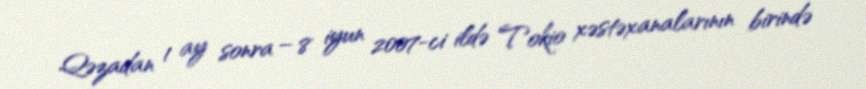
Qəzadan 1 ay sonra – 8 iyun 2007-ci ildə Tokio xəstəxanalarının birində